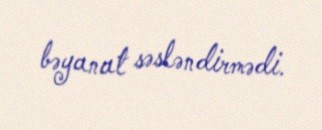
bəyanat səsləndirmədi.